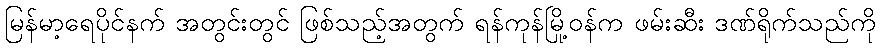
မြန်မာ့ရေပိုင်နက် အတွင်းတွင် ဖြစ်သည့်အတွက် ရန်ကုန်မြို့ဝန်က ဖမ်းဆီး ဒဏ်ရိုက်သည်ကို